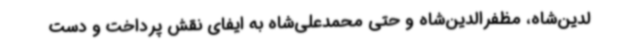
لدین‌شاه، مظفرالدین‌شاه و حتی محمدعلی‌شاه به ایفای نقش پرداخت و دست